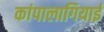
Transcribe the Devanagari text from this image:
कांपालागियाई